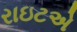
રાઇટએ